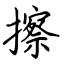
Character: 擦